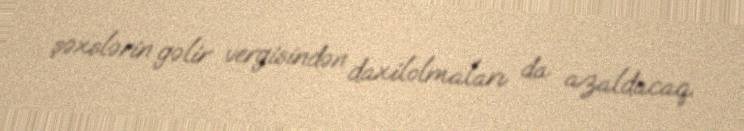
şəxslərin gəlir vergisindən daxilolmaları da azaldacaq.